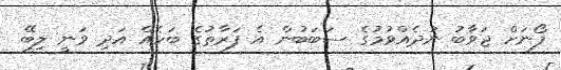
ފޯނަށް ޖަވާބު ނުދެއްވުމުގެ ސަބަބުން އެ ފަރާތުގެ ބަހެއް އަދި ވަނީ ލިބޭ